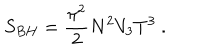
S _ { B H } = { \frac { \pi ^ { 2 } } { 2 } } N ^ { 2 } V _ { 3 } T ^ { 3 } \ .